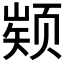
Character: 𮸵